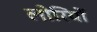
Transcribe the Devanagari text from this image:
लोरियों